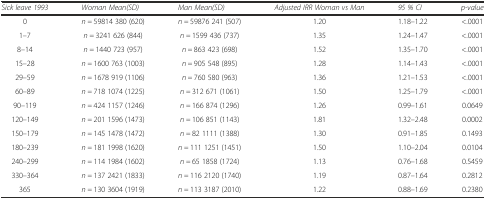
<table><thead><tr><td><b><i>Sick leave 1993</i></b></td><td><b><i>Woman Mean(SD)</i></b></td><td><b><i>Man Mean(SD)</i></b></td><td><b><i>Adjusted IRR Woman vs Man</i></b></td><td><b><i>95 % CI</i></b></td><td><b><i>p-value</i></b></td></tr></thead><tbody><tr><td>0</td><td><i>n =</i> 59814 380 (620)</td><td><i>n =</i> 59876 241 (507)</td><td>1.20</td><td>1.18–1.22</td><td>&lt;.0001</td></tr><tr><td>1–7</td><td><i>n =</i> 3241 626 (844)</td><td><i>n =</i> 1599 436 (737)</td><td>1.35</td><td>1.24–1.47</td><td>&lt;.0001</td></tr><tr><td>8–14</td><td><i>n =</i> 1440 723 (957)</td><td><i>n =</i> 863 423 (698)</td><td>1.52</td><td>1.35–1.70</td><td>&lt;.0001</td></tr><tr><td>15–28</td><td><i>n =</i> 1600 763 (1003)</td><td><i>n =</i> 905 548 (895)</td><td>1.28</td><td>1.14–1.43</td><td>&lt;.0001</td></tr><tr><td>29–59</td><td><i>n =</i> 1678 919 (1106)</td><td><i>n =</i> 760 580 (963)</td><td>1.36</td><td>1.21–1.53</td><td>&lt;.0001</td></tr><tr><td>60–89</td><td><i>n =</i> 718 1074 (1225)</td><td><i>n =</i> 312 671 (1061)</td><td>1.50</td><td>1.25–1.79</td><td>&lt;.0001</td></tr><tr><td>90–119</td><td><i>n =</i> 424 1157 (1246)</td><td><i>n =</i> 166 874 (1296)</td><td>1.26</td><td>0.99–1.61</td><td>0.0649</td></tr><tr><td>120–149</td><td><i>n =</i> 201 1596 (1473)</td><td><i>n =</i> 106 851 (1143)</td><td>1.81</td><td>1.32–2.48</td><td>0.0002</td></tr><tr><td>150–179</td><td><i>n =</i> 145 1478 (1472)</td><td><i>n =</i> 82 1111 (1388)</td><td>1.30</td><td>0.91–1.85</td><td>0.1493</td></tr><tr><td>180–239</td><td><i>n =</i> 181 1998 (1620)</td><td><i>n =</i> 111 1251 (1451)</td><td>1.50</td><td>1.10–2.04</td><td>0.0104</td></tr><tr><td>240–299</td><td><i>n =</i> 114 1984 (1602)</td><td><i>n =</i> 65 1858 (1724)</td><td>1.13</td><td>0.76–1.68</td><td>0.5459</td></tr><tr><td>330–364</td><td><i>n =</i> 137 2421 (1833)</td><td><i>n =</i> 116 2120 (1740)</td><td>1.19</td><td>0.87–1.64</td><td>0.2812</td></tr><tr><td>365</td><td><i>n =</i> 130 3604 (1919)</td><td><i>n =</i> 113 3187 (2010)</td><td>1.22</td><td>0.88–1.69</td><td>0.2380</td></tr></tbody></table>